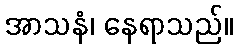
အာသနံ၊ နေရာသည်။